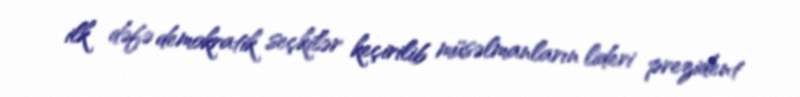
ilk dəfə demokratik seçkilər keçirilib müsəlmanların lideri prezident